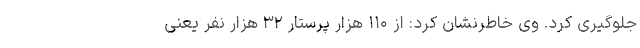
جلوگیری کرد. وی خاطرنشان کرد: از ۱۱۰ هزار پرستار ۳۲ هزار نفر یعنی